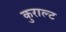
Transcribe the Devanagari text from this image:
कुराल्ट